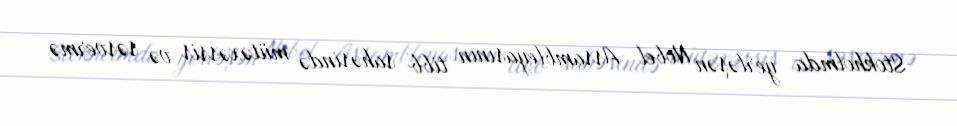
Stokholmda yerləşən Nobel Assambleyasının tibb sahəsində mütəxəssis və səsvermə